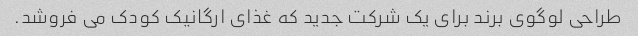
طراحی لوگوی برند برای یک شرکت جدید که غذای ارگانیک کودک می فروشد.